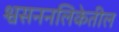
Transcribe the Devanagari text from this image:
श्वसननलिकेतील